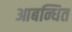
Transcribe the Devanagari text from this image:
आबन्धित